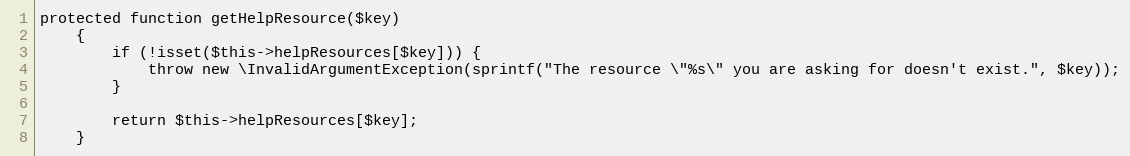
Language: PHP
protected function getHelpResource($key)
    {
        if (!isset($this->helpResources[$key])) {
            throw new \InvalidArgumentException(sprintf("The resource \"%s\" you are asking for doesn't exist.", $key));
        }

        return $this->helpResources[$key];
    }